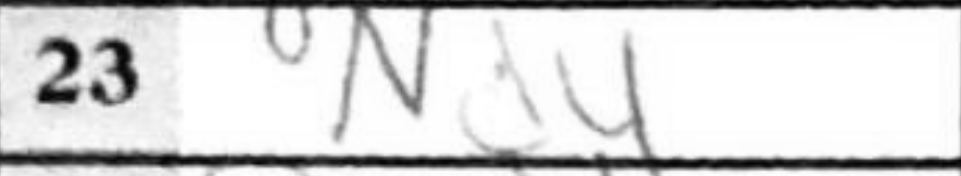
Transcription: Nxd4